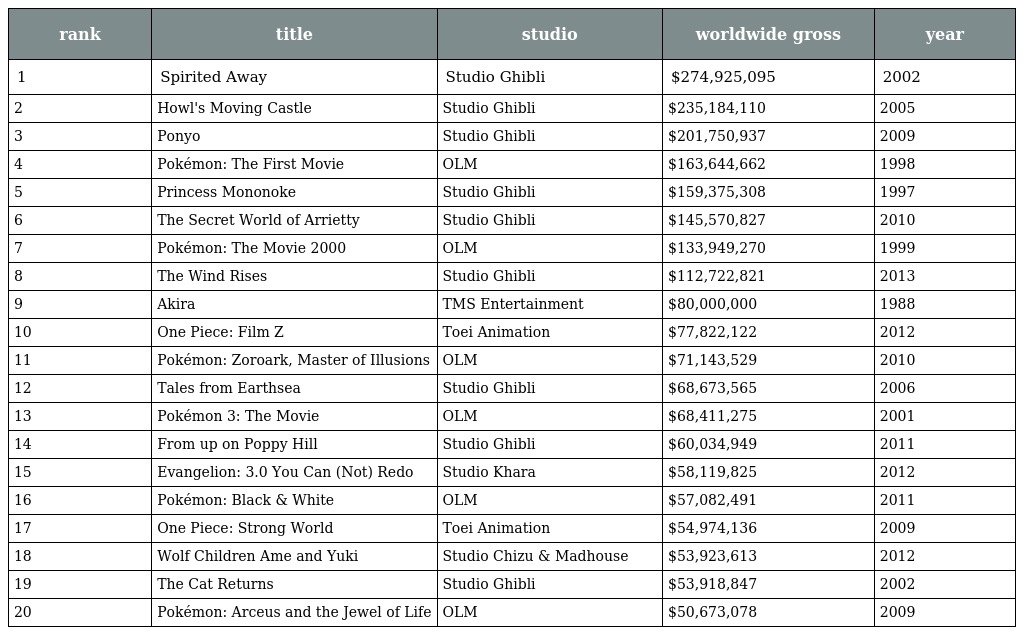
| rank | title | studio | worldwide gross | year |
 | --- | --- | --- | --- | --- |
 | 1 | Spirited Away | Studio Ghibli | $274,925,095 | 2002 |
 | 2 | Howl's Moving Castle | Studio Ghibli | $235,184,110 | 2005 |
 | 3 | Ponyo | Studio Ghibli | $201,750,937 | 2009 |
 | 4 | Pokémon: The First Movie | OLM | $163,644,662 | 1998 |
 | 5 | Princess Mononoke | Studio Ghibli | $159,375,308 | 1997 |
 | 6 | The Secret World of Arrietty | Studio Ghibli | $145,570,827 | 2010 |
 | 7 | Pokémon: The Movie 2000 | OLM | $133,949,270 | 1999 |
 | 8 | The Wind Rises | Studio Ghibli | $112,722,821 | 2013 |
 | 9 | Akira | TMS Entertainment | $80,000,000 | 1988 |
 | 10 | One Piece: Film Z | Toei Animation | $77,822,122 | 2012 |
 | 11 | Pokémon: Zoroark, Master of Illusions | OLM | $71,143,529 | 2010 |
 | 12 | Tales from Earthsea | Studio Ghibli | $68,673,565 | 2006 |
 | 13 | Pokémon 3: The Movie | OLM | $68,411,275 | 2001 |
 | 14 | From up on Poppy Hill | Studio Ghibli | $60,034,949 | 2011 |
 | 15 | Evangelion: 3.0 You Can (Not) Redo | Studio Khara | $58,119,825 | 2012 |
 | 16 | Pokémon: Black & White | OLM | $57,082,491 | 2011 |
 | 17 | One Piece: Strong World | Toei Animation | $54,974,136 | 2009 |
 | 18 | Wolf Children Ame and Yuki | Studio Chizu & Madhouse | $53,923,613 | 2012 |
 | 19 | The Cat Returns | Studio Ghibli | $53,918,847 | 2002 |
 | 20 | Pokémon: Arceus and the Jewel of Life | OLM | $50,673,078 | 2009 |